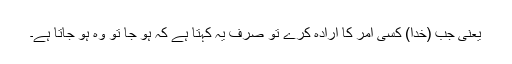
یعنی جب (خدا) کسی امر کا ارادہ کرے تو صرف یہ کہتا ہے کہ ہو جا تو وہ ہو جاتا ہے۔